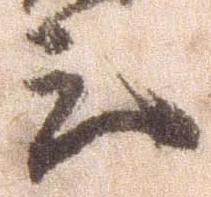
上